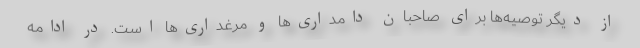
از دیگر توصیه‌ها برای صاحبان دامداری‌ها و مرغداری‌ها است. در ادامه